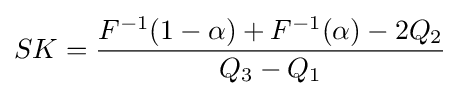
SK={\frac {F^{-1}(1-\alpha )+F^{-1}(\alpha )-2Q_{2}}{Q_{3}-Q_{1}}}